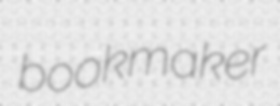
bookmaker